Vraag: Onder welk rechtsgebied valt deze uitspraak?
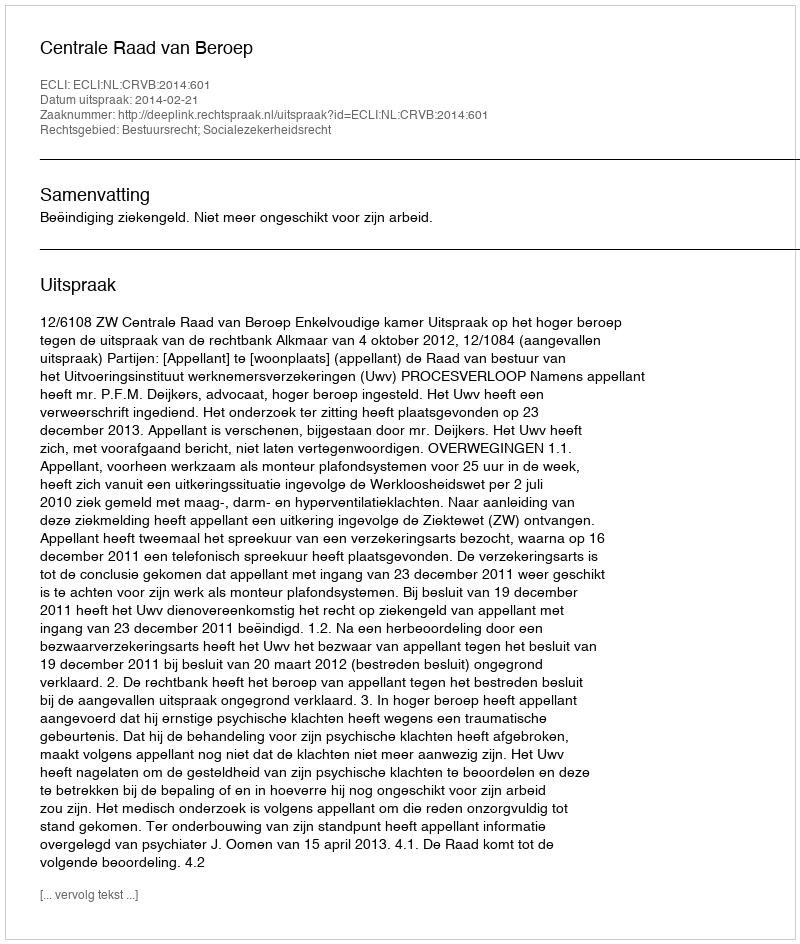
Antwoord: Bestuursrecht; Socialezekerheidsrecht